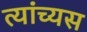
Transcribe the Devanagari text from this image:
त्यांच्यस